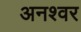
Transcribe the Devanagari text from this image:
अनश्‍वर